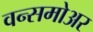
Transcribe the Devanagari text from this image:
वन्समोअर